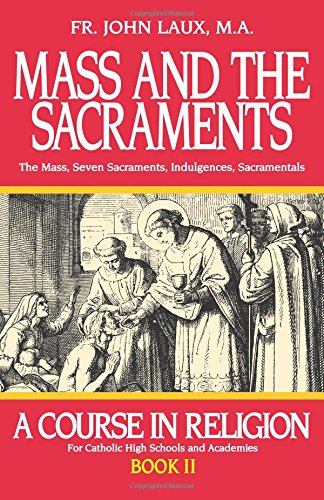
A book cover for Mass and the Sacraments: A Course in Religion Book II (A Course in Religion for Catholic High Schools and Academies Ser.); Rev. Fr. John Laux M.A.; Religion & Spirituality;